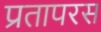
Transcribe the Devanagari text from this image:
प्रतापरस